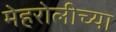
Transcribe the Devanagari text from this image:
मेहरोलीच्या